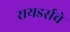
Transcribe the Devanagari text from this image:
रायडर्सचे